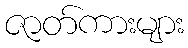
ဇာတ်ကားများ